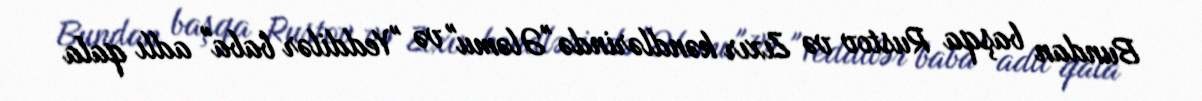
Bundan başqa Rustov və Zıxır kəndlərində "Ələmu" və "Yeddilər baba" adlı qala